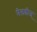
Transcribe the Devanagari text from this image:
मेलडीज्